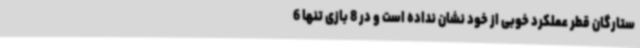
ستارگان قطر عملکرد خوبی از خود نشان نداده است و در 8 بازی تنها 6